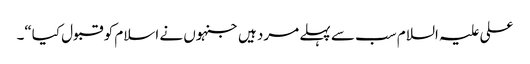
علی علیہ السلام سب سے پہلے مرد ہیں جنہوں نے اسلام کو قبول کیا“۔